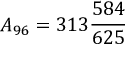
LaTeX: { } A _ { 9 6 } = 3 1 3 { \frac { 5 8 4 } { 6 2 5 } }